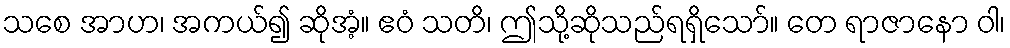
သစေ အာဟ၊ အကယ်၍ ဆိုအံ့။ ဧဝံ သတိ၊ ဤသို့ဆိုသည်ရရှိသော်။ တေ ရာဇာနော ဝါ၊